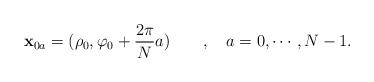
LaTeX: \begin{align*}{\bf x}_{0a} =(\rho_0 , \varphi_0 + \frac{2\pi}{N}a)\qquad , \quad a=0,\cdots , N-1.\end{align*}